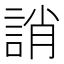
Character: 誚